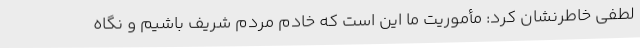
لطفی خاطرنشان کرد: مأموریت ما این است که خادم مردم شریف باشیم و نگاه